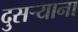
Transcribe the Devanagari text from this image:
दुसर्‍याना